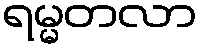
ရမ္မတလာ